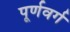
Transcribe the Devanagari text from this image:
पूर्णवर्ग